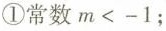
①常数$$m<-1$$；